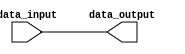
module Register (
    input wire data_input,
    output reg data_output
);

always @ (data_input) begin
    data_output = data_input;
end

endmodule